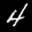
Label: 4